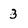
Character: 3